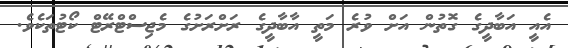
އެއީ އަބާދީގެ ގޮތުން އަށް ވުރެ މަތީ އާބާދީގެ ރަށްރަށުގެ މެޖިސްޓްރޭޓް ކޯޓުތަކެވެ.